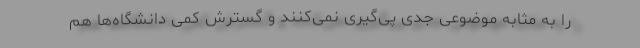
را به مثابه موضوعی جدی پی‌گیری نمی‌کنند و گسترش کمّی دانشگاه‌ها هم